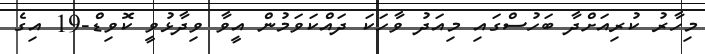
މިހާރު ކުރިއަށްދާ ބަހުސްގައި މިއަދު ވާހަކަ ދައްކަވަމުން އީވާ ވިދާޅުވީ ކޮވިޑް-19 އިގެ